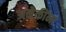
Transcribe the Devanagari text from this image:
अनेकींना